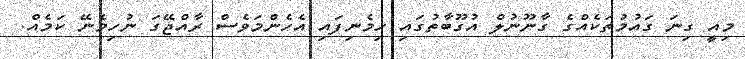
މިއީ ގިނަ ގައުމުތަކެއްގެ ގާނޫނުލް އުގޫބާތުގައި ހިމެނިފައި އެހެންމަވެސް ރާއްޖޭގަ ނުހިމެނޭ ކަމެއް.